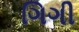
ગિગી